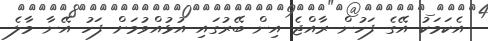
އެކަމަކު އޭގެ ފަހުން ރާއްޖެ އިން ބޭރުގައި އުޅުއްވުމަށް ފަހު އޭނާ މާލެ